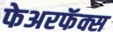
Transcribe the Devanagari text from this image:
फेअरफॅक्स